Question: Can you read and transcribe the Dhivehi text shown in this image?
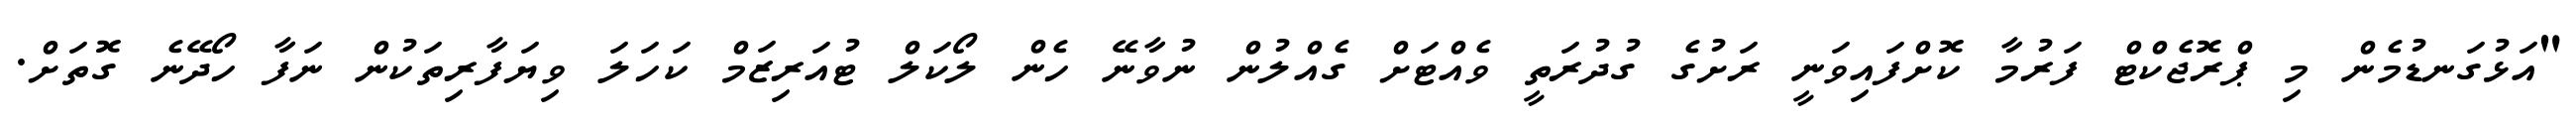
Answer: "އަޅުގަނޑުމެން މި ޕްރޮޖެކްޓް ފަރުމާ ކޮށްފައިވަނީ ރަށުގެ ގުދުރަތީ ވެއްޓަށް ގެއްލުން ނުވާނޭ ހެން ލޯކަލް ޓުއަރިޒަމް ކަހަލަ ވިޔަފާރިތަކުން ނަފާ ހޯދޭނެ ގޮތަށް.